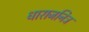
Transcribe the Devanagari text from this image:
धाराजनित्र